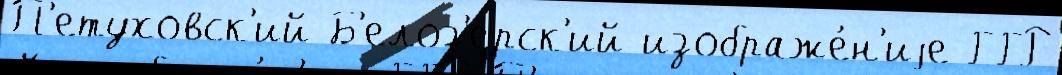
П'етуховск'ий Б'елоз'ерск'ий изображе́н'иjе ГГР